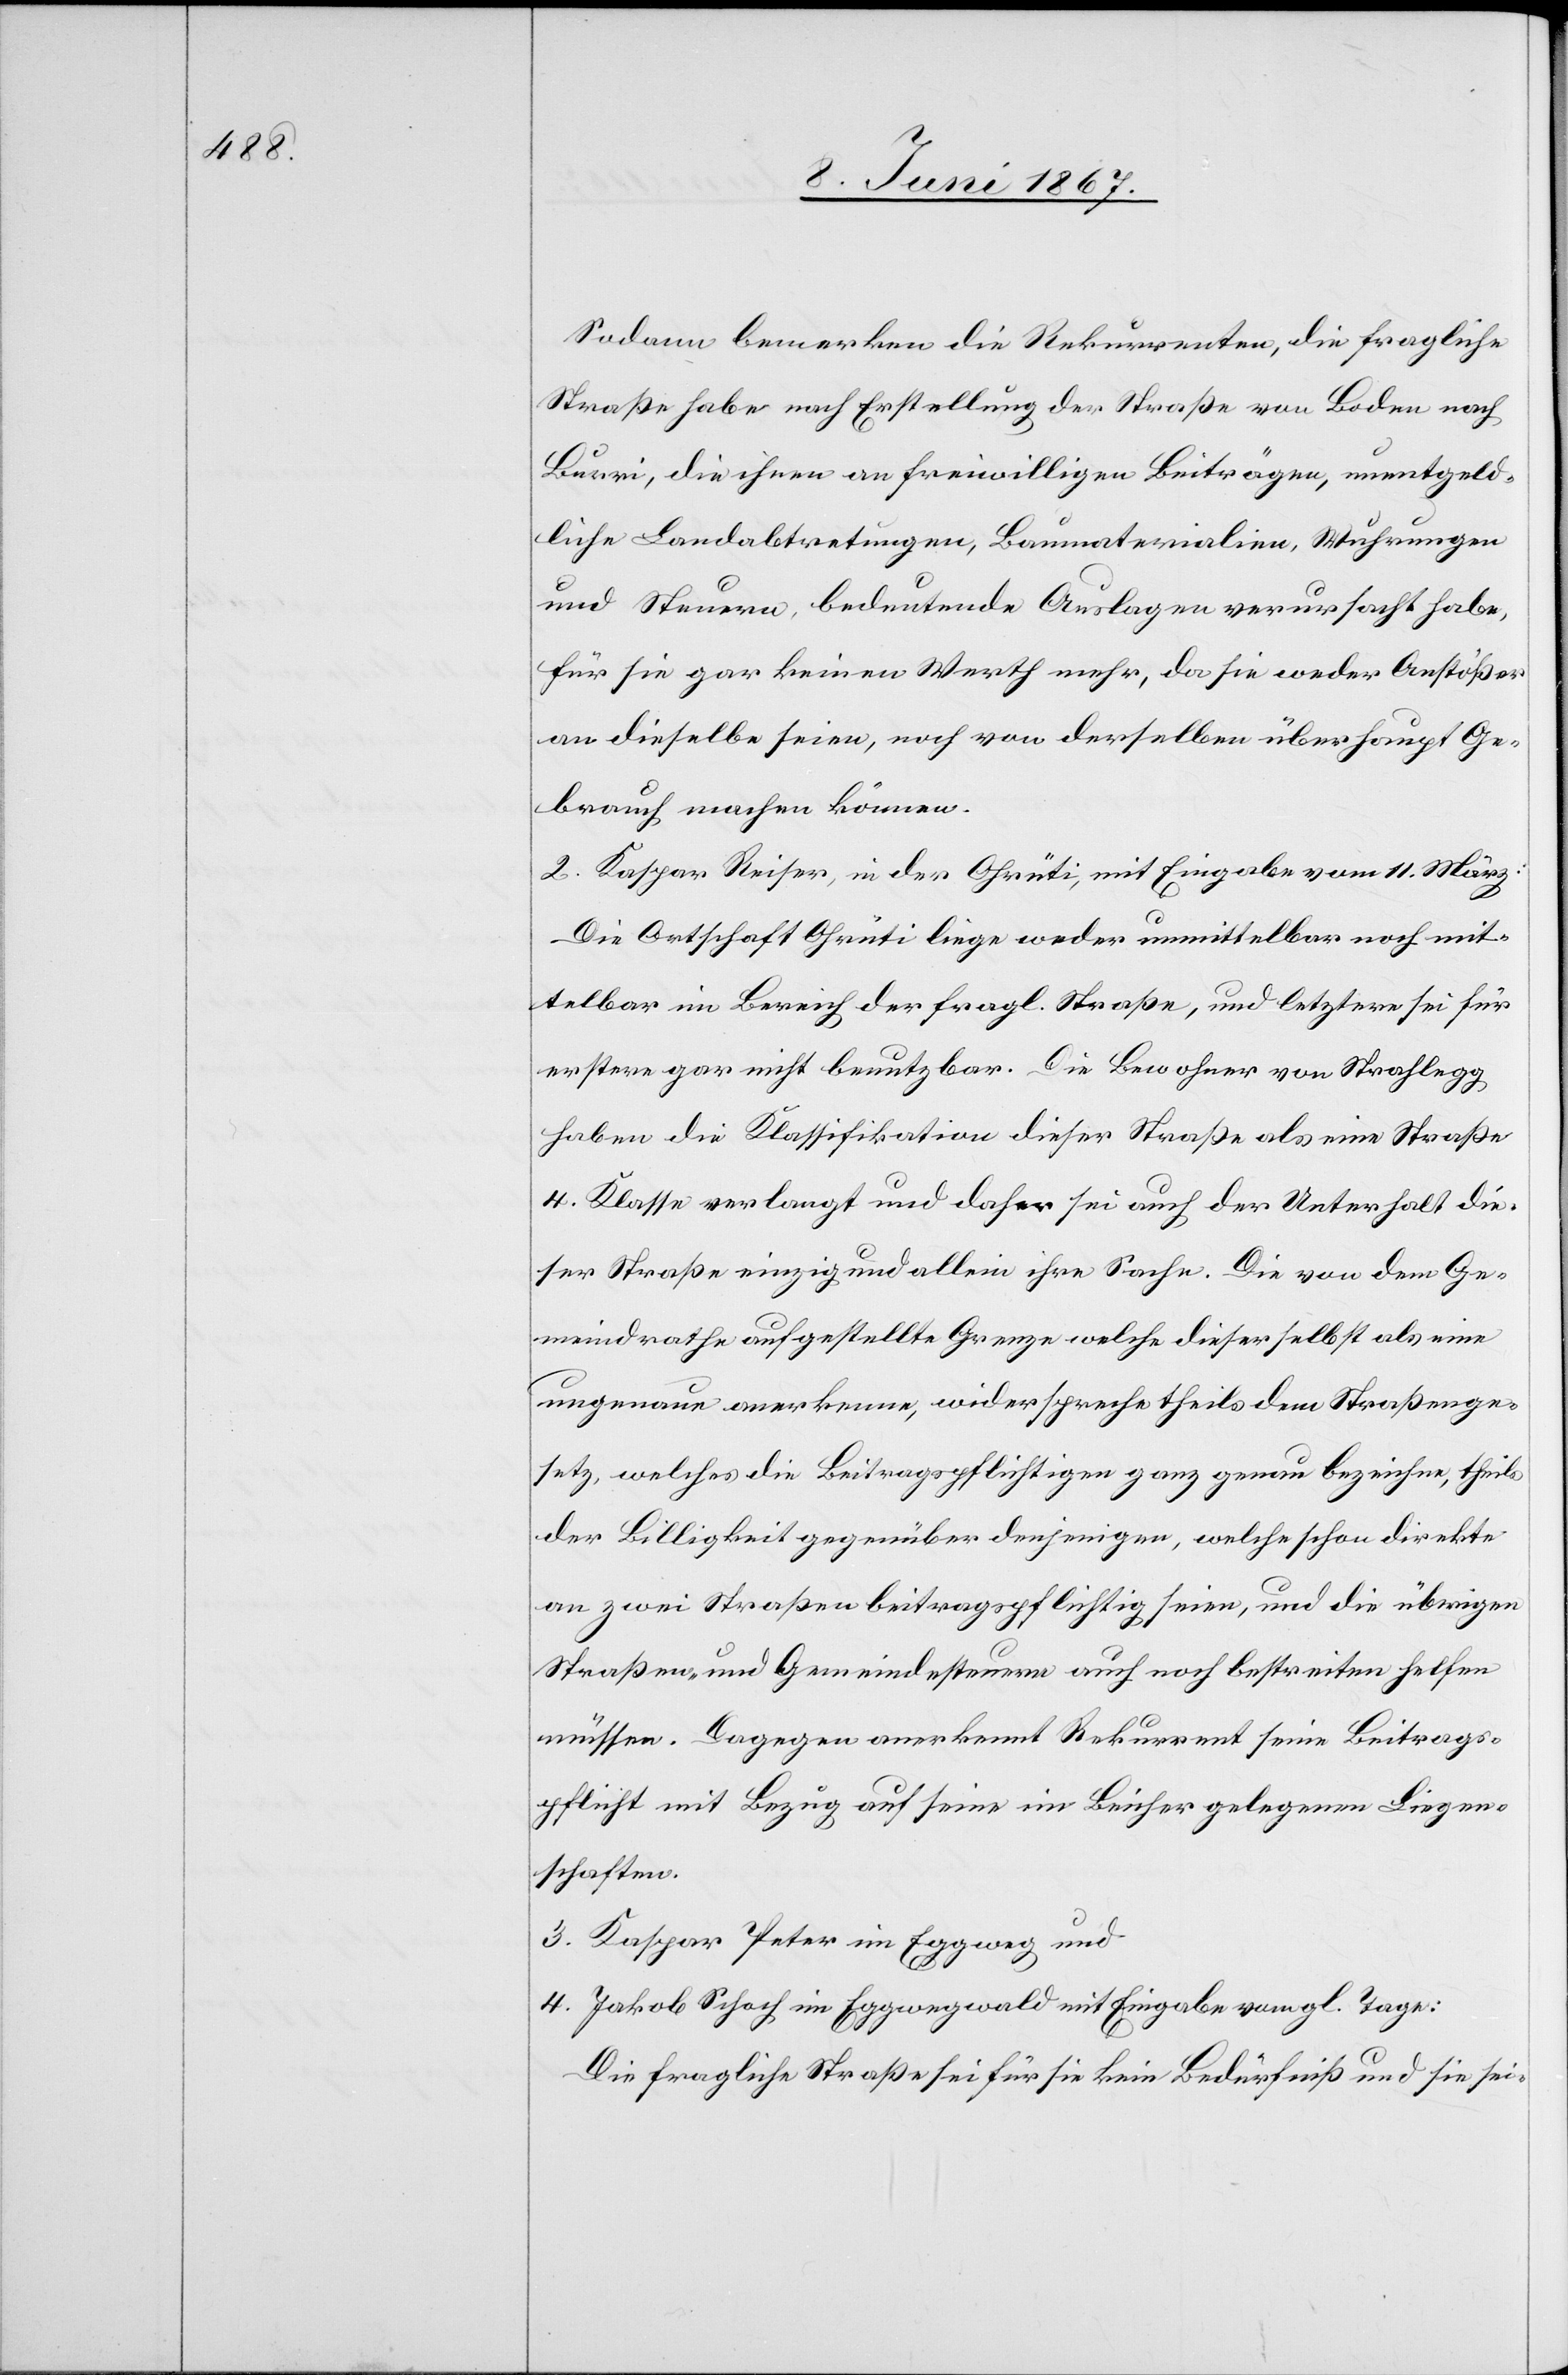
Sodann bemerken die Rekurrenten, die fragliche
Straße habe nach Erstellung der Straße von Baden nach
Burri, die ihnen an freiwilligen Beiträgen, unentgeld¬
liche Landabtretungen, Baumaterialien, Wuhrungen
und Steuern, bedeutende Auslagen verursacht habe,
für sie gar keinen Werth mehr, da sie weder Anstößer
an dieselbe seien, noch von derselben überhaupt Ge¬
brauch machen können.
2. Kaspar Reiser, in der Ohrüti, mit Eingabe vom 11. März:
Die Ortschaft Ohrüti liege weder unmittelbar noch mit¬
telbar im Bereich der fragl. Straße, und letztere sei für
erstere gar nicht benutzbar. Die Bewohner von Strahlegg
haben die Klassifikation dieser Straße als eine Straße
4. Klasse verlangt und daher sei auch der Unterhalt die¬
ser Straße einzig und allein ihre Sache. Die von dem Ge¬
meindrathe aufgestellte Grenze welche dieser selbst als eine
ungenaue anerkenne, widerspreche theils dem Straßenge¬
setz, welches die Beitragspflichtigen ganz genau bezeichne, theils
der Billigkeit gegenüber denjenigen, welche schon direkte
an zwei Straßen beitragspflichtig seien, und die übrigen
Straßen und Gemeindesteuern auch noch bestreiten helfen
müssen. Dagegen anerkennt Rekurrent seine Beitrags¬
pflicht mit Bezug auf seine im Beicher gelegenen Liegen¬
schaften.
3. Kaspar Peter im Eggweg und
4. Jakob Schoch im Eggwegwald mit Eingabe vom gl. Tage:
Die fragliche Straße sei für sie kein Bedürfniß und sie sei-